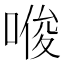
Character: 𪡟